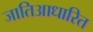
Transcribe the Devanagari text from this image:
जातिआधारित